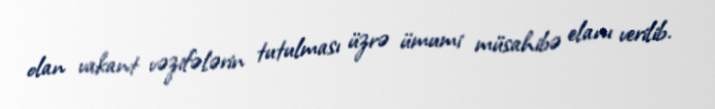
olan vakant vəzifələrin tutulması üzrə ümumi müsahibə elanı verilib.